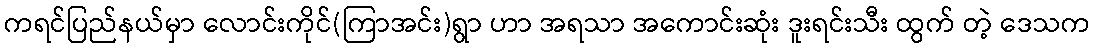
ကရင်ပြည်နယ်မှာ လောင်းကိုင်(ကြာအင်း)ရွာ ဟာ အရသာ အကောင်းဆုံး ဒူးရင်းသီး ထွက် တဲ့ ဒေသက